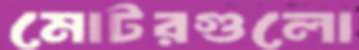
মোটরগুলো